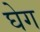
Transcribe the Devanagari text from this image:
घेग